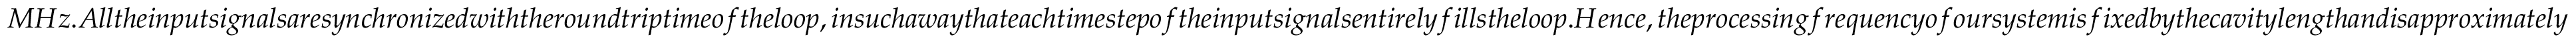
M H z . A l l t h e i n p u t s i g n a l s a r e s y n c h r o n i z e d w i t h t h e r o u n d t r i p t i m e o f t h e l o o p , i n s u c h a w a y t h a t e a c h t i m e s t e p o f t h e i n p u t s i g n a l s e n t i r e l y f i l l s t h e l o o p . H e n c e , t h e p r o c e s s i n g f r e q u e n c y o f o u r s y s t e m i s f i x e d b y t h e c a v i t y l e n g t h a n d i s a p p r o x i m a t e l y